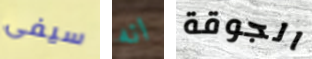
سيفى انه الجوقة